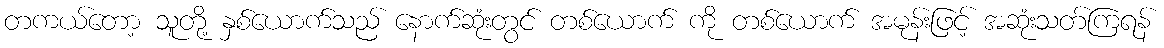
တကယ်တော့ သူတို့ နှစ်ယောက်သည် နောက်ဆုံးတွင် တစ်ယောက် ကို တစ်ယောက် အမုန်းဖြင့် အဆုံးသတ်ကြရန်